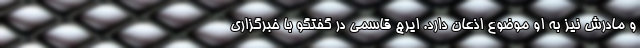
و مادرش نیز به او موضوع اذعان دارد. ایرج قاسمی در گفتگو با خبرگزاری